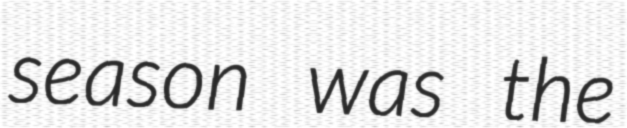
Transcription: season was the